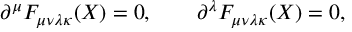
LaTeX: \partial ^ { \mu } F _ { \mu \nu \lambda \kappa } ( X ) = 0 , \qquad \partial ^ { \lambda } F _ { \mu \nu \lambda \kappa } ( X ) = 0 ,